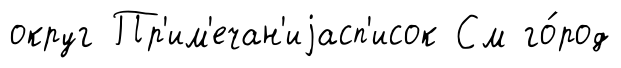
округ Пр'им'ечан'иjасп'исок См го́род